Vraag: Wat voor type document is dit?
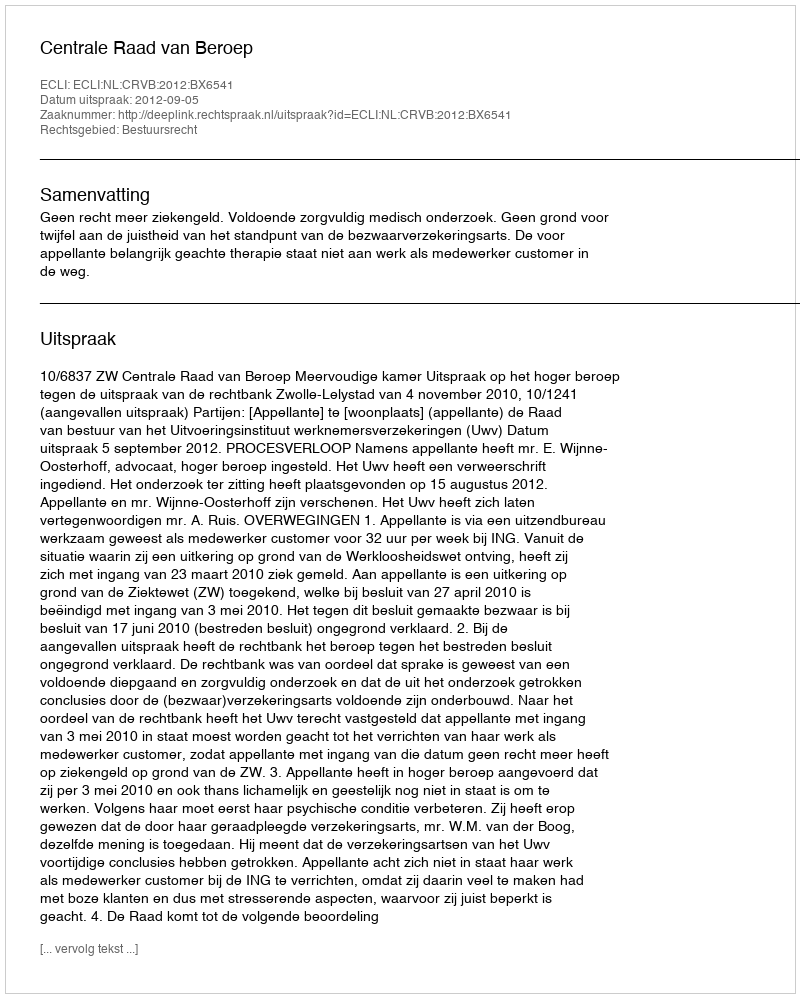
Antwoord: Uitspraak